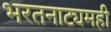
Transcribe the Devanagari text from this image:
भरतनाट्यमही